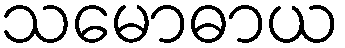
သမောဓာယ